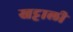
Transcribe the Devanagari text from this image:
खट्टाली